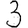
Digit: 3